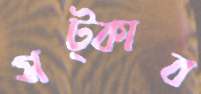
সট্‌কাব